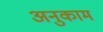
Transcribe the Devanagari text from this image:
अनुकाम